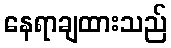
နေရာချထားသည်